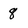
Character: 8